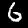
Digit: 6